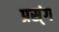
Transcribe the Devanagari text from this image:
प्रस्ंग